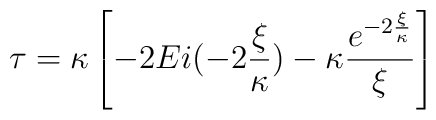
\tau = \kappa \left [ -2Ei(-2\frac{\xi}{\kappa}) -\kappa\frac{e^{-2\frac{\xi}{\kappa}}}{\xi} \right ]